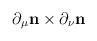
LaTeX: \begin{align*}\partial_{\mu} {\bf n}\times \partial_{\nu}{\bf n}\end{align*}